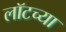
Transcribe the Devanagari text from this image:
लॉटच्या